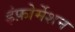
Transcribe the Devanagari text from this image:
इंफ़ोर्मेशन